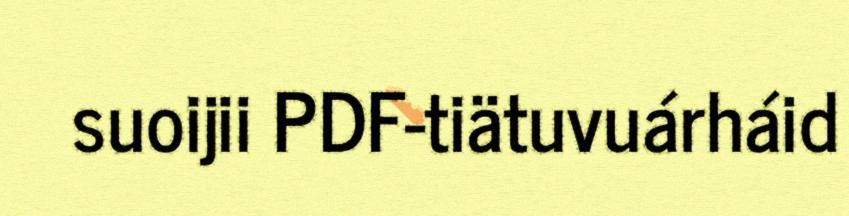
suoijii PDF-tiätuvuárháid